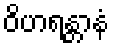
ဝိဟရန္တာနံ